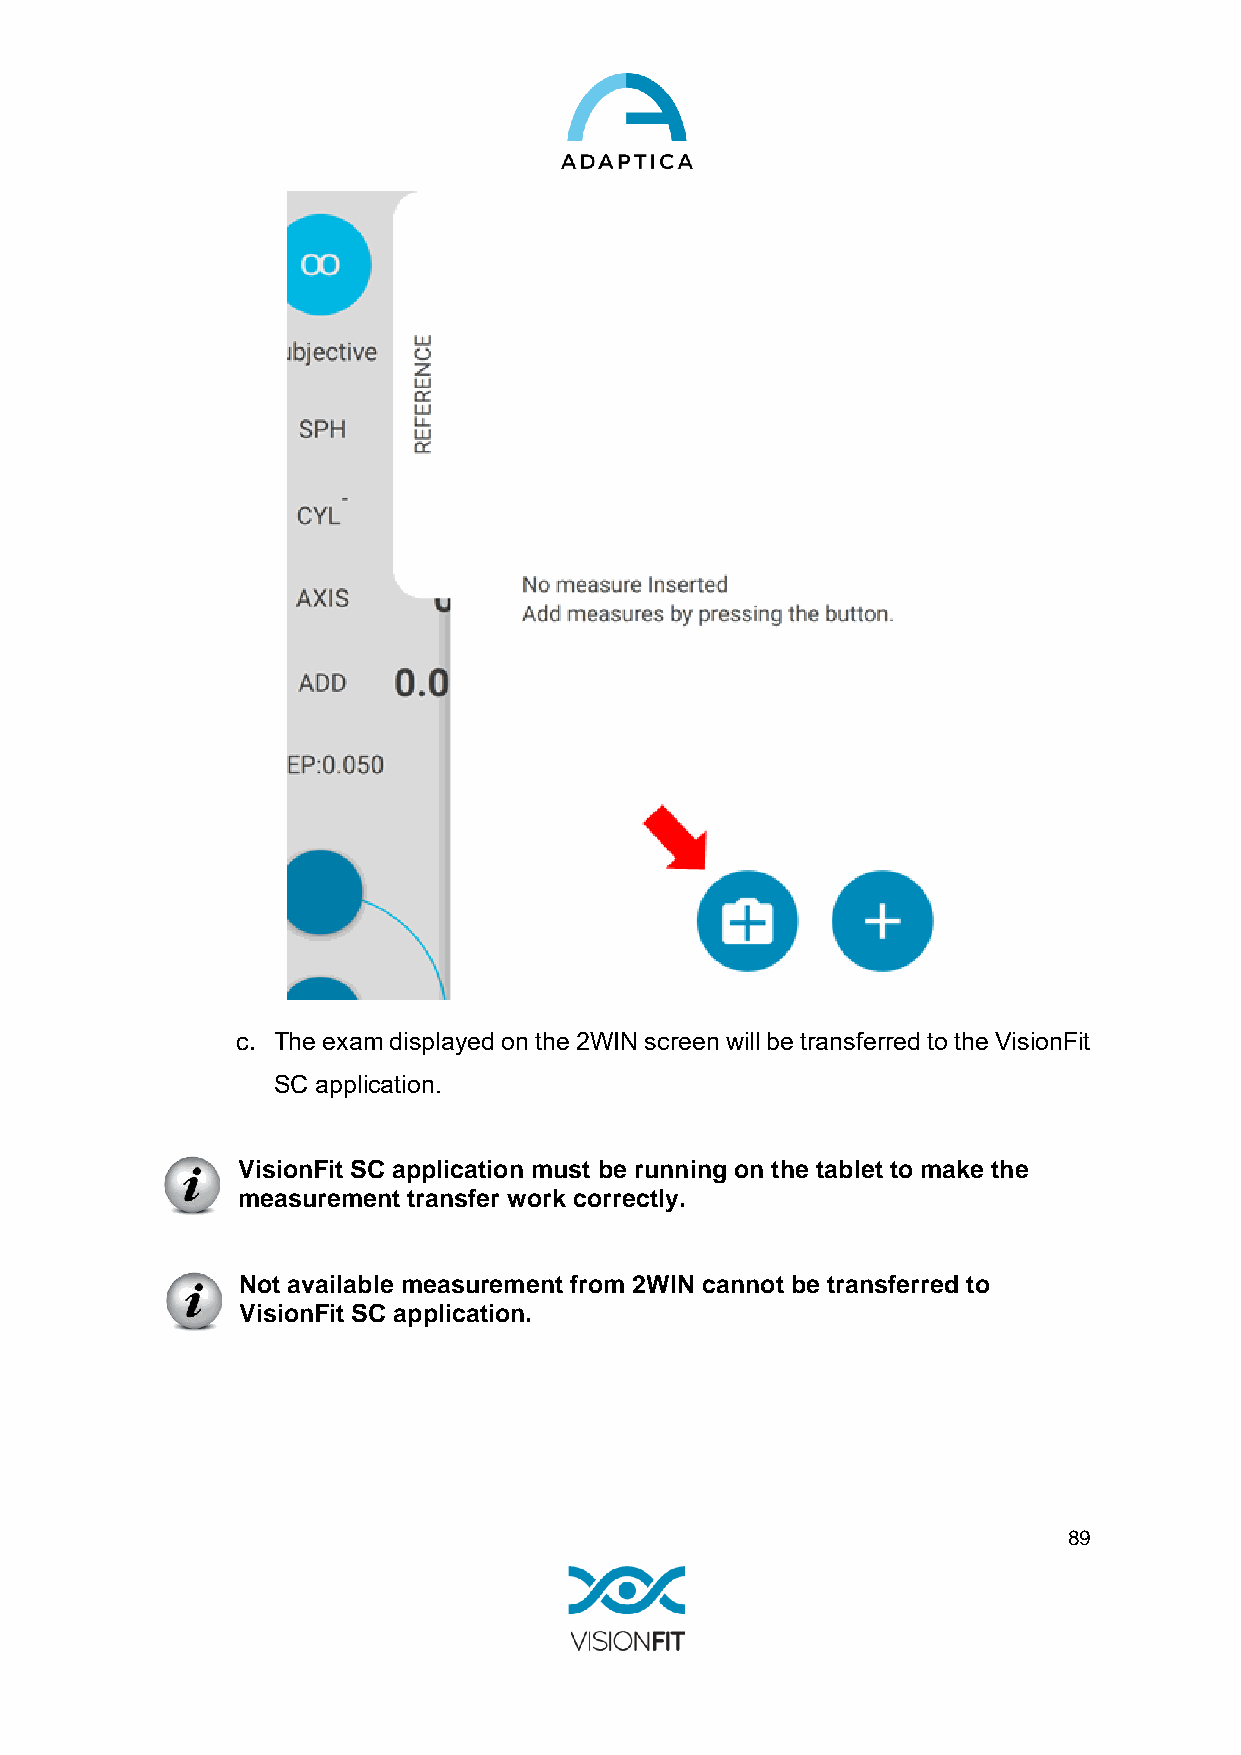
c. The exam displayed on the 2WIN screen will be transferred to the VisionFit
 SC application.
 VisionFit SC application must be running on the tablet to make the
 measurement transfer work correctly.
 Not available measurement from 2WIN cannot be transferred to
 VisionFit SC application.
 89